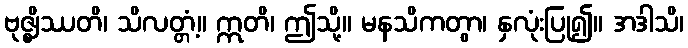
ဗုဇ္ဈိဿတိ၊ သိလတ္တံ့။ ဣတိ၊ ဤသို့။ မနသိကတွာ၊ နှလုံးပြု၍။ အဒါသိ၊